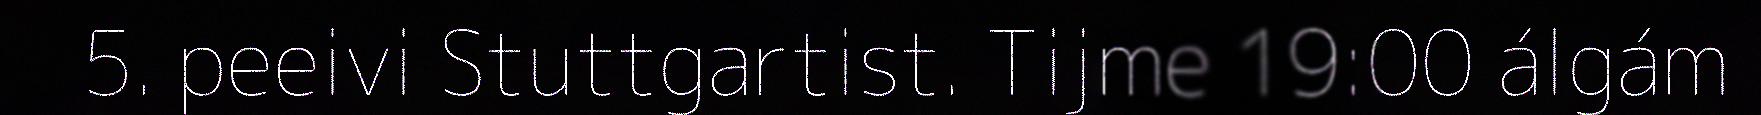
5. peeivi Stuttgartist. Tijme 19:00 álgám